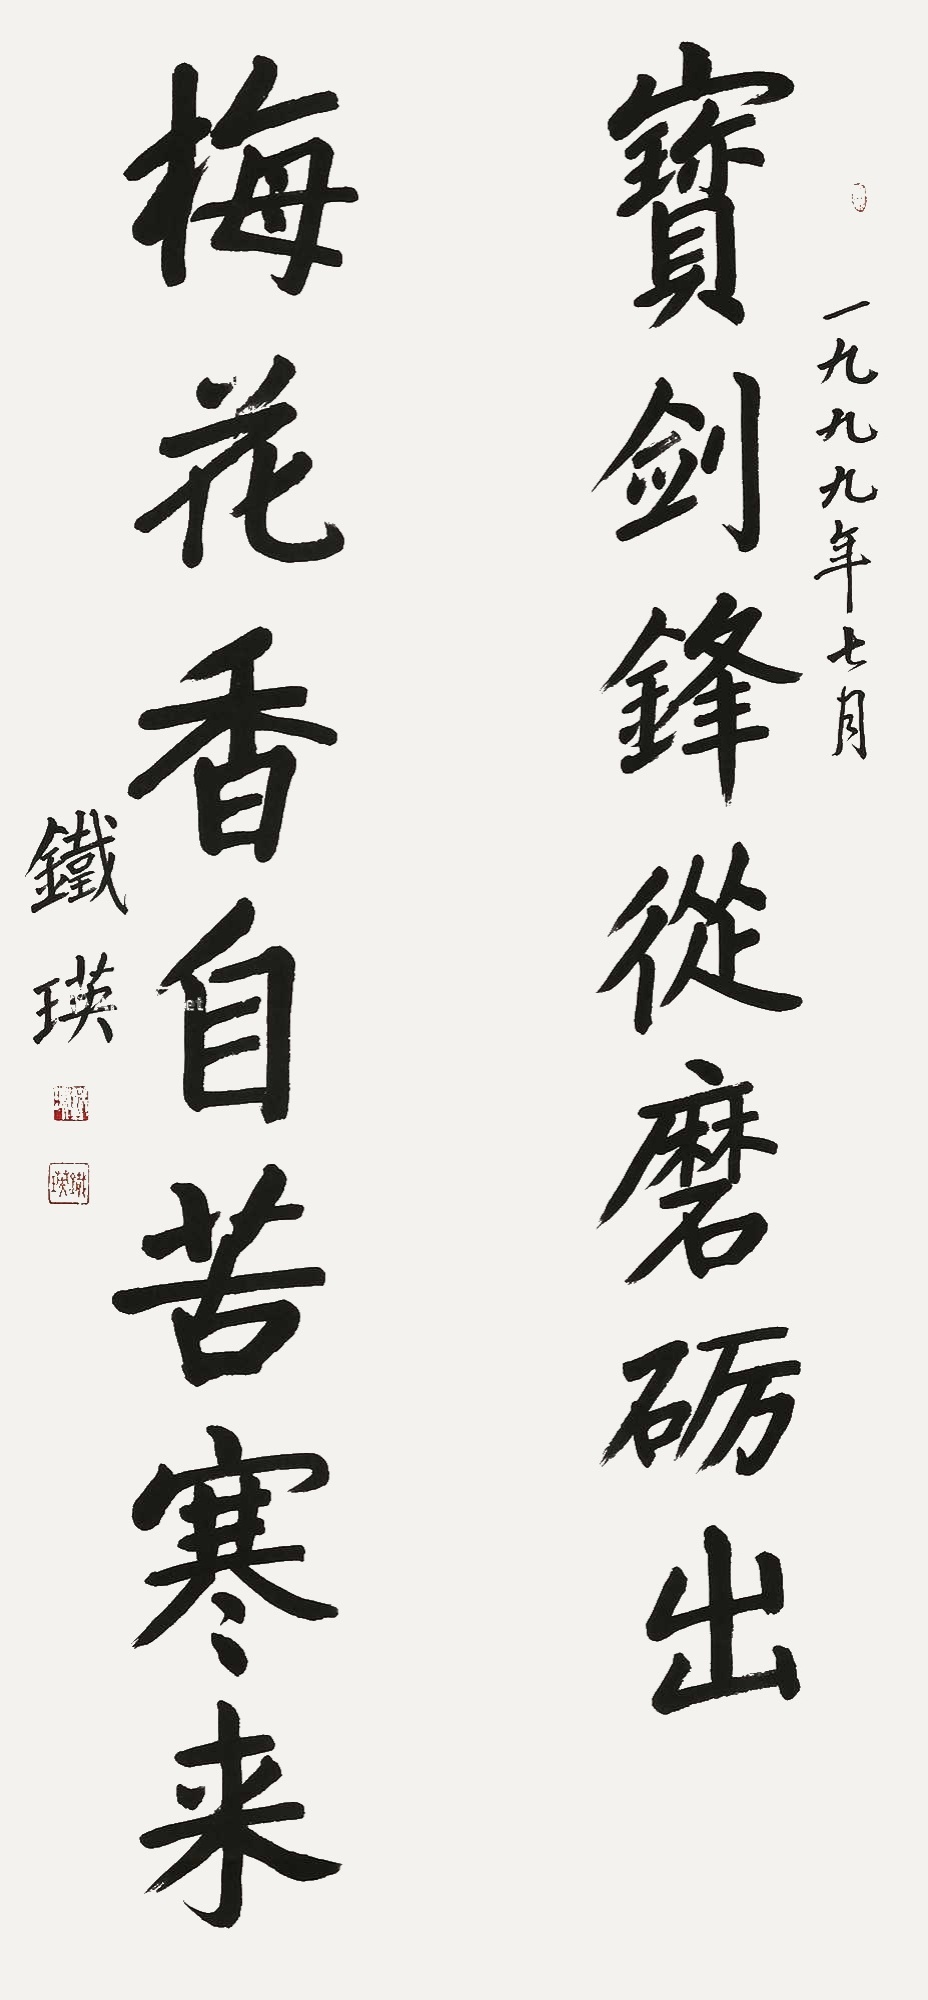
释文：宝剑锋从磨砺出，梅花香自苦寒来。一九九九年七月，铁瑛。